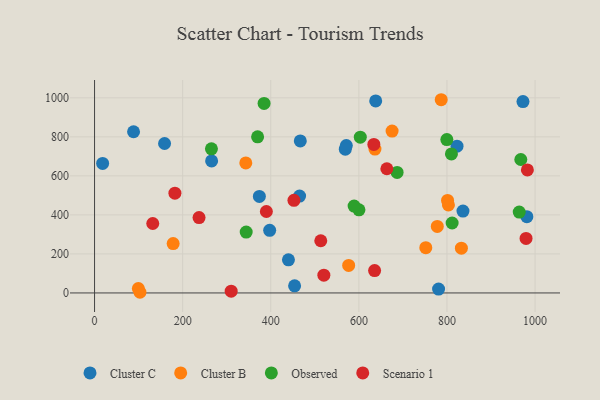
{"axis": {"x": "Experience", "y": "Rating"}, "legend": ["Cluster B", "Cluster C", "Observed", "Scenario 1"], "data": [{"x": "374.1", "y": 494.9, "type": "Cluster C"}, {"x": "397.5", "y": 320.9, "type": "Cluster C"}, {"x": "440.1", "y": 169.9, "type": "Cluster C"}, {"x": "454.1", "y": 36.4, "type": "Cluster C"}, {"x": "571.5", "y": 755.6, "type": "Cluster C"}, {"x": "569.2", "y": 737.1, "type": "Cluster C"}, {"x": "780.9", "y": 20.0, "type": "Cluster C"}, {"x": "265.7", "y": 676.6, "type": "Cluster C"}, {"x": "467.0", "y": 779.2, "type": "Cluster C"}, {"x": "158.9", "y": 765.9, "type": "Cluster C"}, {"x": "981.3", "y": 391.1, "type": "Cluster C"}, {"x": "638.2", "y": 984.3, "type": "Cluster C"}, {"x": "88.5", "y": 826.2, "type": "Cluster C"}, {"x": "822.8", "y": 752.3, "type": "Cluster C"}, {"x": "836.3", "y": 419.7, "type": "Cluster C"}, {"x": "972.5", "y": 980.7, "type": "Cluster C"}, {"x": "465.4", "y": 496.5, "type": "Cluster C"}, {"x": "18.3", "y": 663.8, "type": "Cluster C"}, {"x": "103.1", "y": 3.4, "type": "Cluster B"}, {"x": "751.9", "y": 232.0, "type": "Cluster B"}, {"x": "803.3", "y": 451.3, "type": "Cluster B"}, {"x": "636.5", "y": 737.4, "type": "Cluster B"}, {"x": "99.4", "y": 22.7, "type": "Cluster B"}, {"x": "675.4", "y": 829.6, "type": "Cluster B"}, {"x": "832.7", "y": 229.4, "type": "Cluster B"}, {"x": "801.3", "y": 474.2, "type": "Cluster B"}, {"x": "778.0", "y": 341.1, "type": "Cluster B"}, {"x": "343.3", "y": 666.4, "type": "Cluster B"}, {"x": "178.4", "y": 253.2, "type": "Cluster B"}, {"x": "786.9", "y": 990.3, "type": "Cluster B"}, {"x": "576.8", "y": 141.2, "type": "Cluster B"}, {"x": "603.2", "y": 798.2, "type": "Observed"}, {"x": "600.2", "y": 425.8, "type": "Observed"}, {"x": "344.2", "y": 311.9, "type": "Observed"}, {"x": "967.6", "y": 683.9, "type": "Observed"}, {"x": "686.8", "y": 617.6, "type": "Observed"}, {"x": "265.3", "y": 738.8, "type": "Observed"}, {"x": "589.2", "y": 445.0, "type": "Observed"}, {"x": "964.0", "y": 414.7, "type": "Observed"}, {"x": "799.7", "y": 785.9, "type": "Observed"}, {"x": "810.1", "y": 712.6, "type": "Observed"}, {"x": "384.8", "y": 971.1, "type": "Observed"}, {"x": "811.7", "y": 358.5, "type": "Observed"}, {"x": "370.1", "y": 800.1, "type": "Observed"}, {"x": "237.2", "y": 386.2, "type": "Scenario 1"}, {"x": "982.5", "y": 630.7, "type": "Scenario 1"}, {"x": "390.0", "y": 417.5, "type": "Scenario 1"}, {"x": "635.7", "y": 114.7, "type": "Scenario 1"}, {"x": "520.5", "y": 90.9, "type": "Scenario 1"}, {"x": "634.0", "y": 761.1, "type": "Scenario 1"}, {"x": "513.5", "y": 267.4, "type": "Scenario 1"}, {"x": "182.4", "y": 511.2, "type": "Scenario 1"}, {"x": "979.5", "y": 279.4, "type": "Scenario 1"}, {"x": "452.6", "y": 474.8, "type": "Scenario 1"}, {"x": "132.1", "y": 355.8, "type": "Scenario 1"}, {"x": "663.5", "y": 636.6, "type": "Scenario 1"}, {"x": "310.1", "y": 8.8, "type": "Scenario 1"}]}